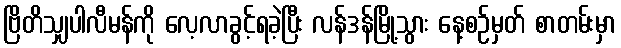
ဗြိတိသျှပါလီမန်ကို လေ့လာခွင့်ရခဲ့ပြီး လန်ဒန်မြို့သွား နေ့စဉ်မှတ် စာတမ်းမှာ